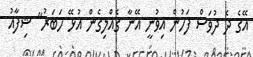
އޭގެ ދެ ދުވަސް ފަހުން އިވުނީ އޭނާ ގެއްލިގެން އުޅޭ ހަބަރު" ޝިފާއު